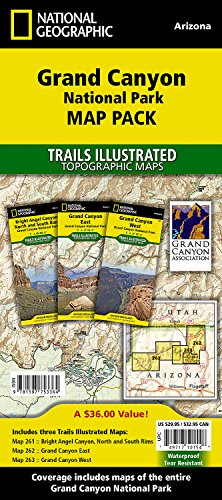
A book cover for Grand Canyon National Park [Map Pack Bundle] (National Geographic Trails Illustrated Map); National Geographic Maps - Trails Illustrated; Travel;